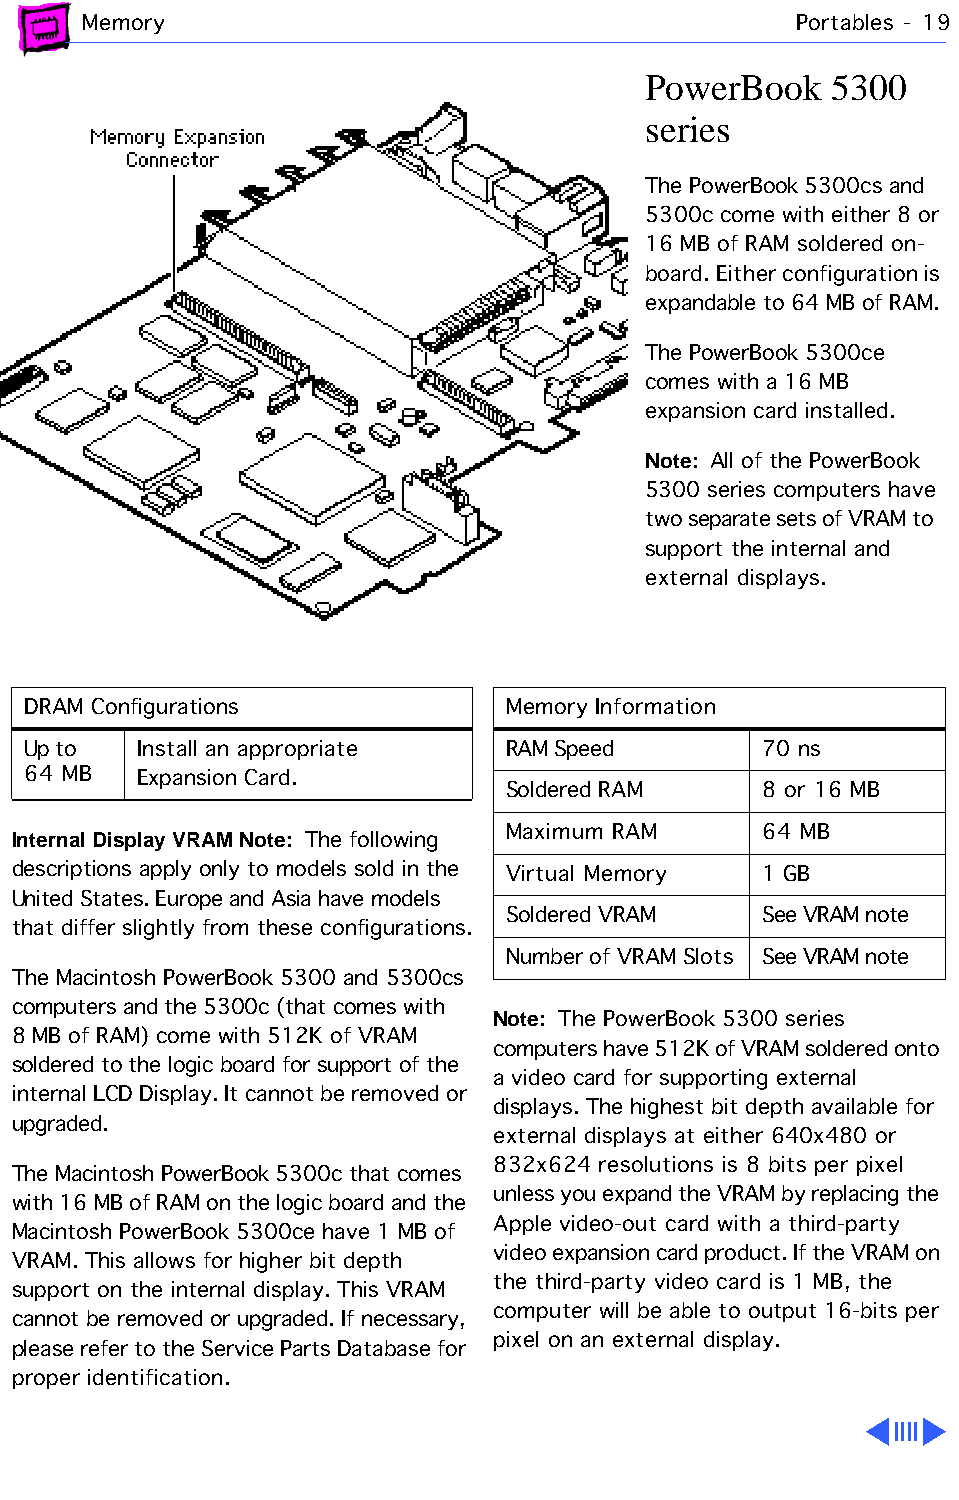
Memory                                         Portables - 19
 PowerBook    5300
 series
 The PowerBook 5300cs and
 5300c come with either 8 or
 16 MB of RAM soldered on-
 board. Either configuration is
 expandable to 64 MB of RAM.
 The PowerBook 5300ce
 comes with a 16 MB
 expansion card installed.
 Note: All of the PowerBook
 5300 series computers have
 two separate sets of VRAM to
 support the internal and
 external displays.
 DRAM Configurations             Memory Information
 Up to   Install an appropriate  RAM Speed        70 ns
 64 MB   Expansion Card.
 Soldered RAM     8 or 16 MB
 Internal Display VRAM Note: The following Maximum RAM 64 MB
 descriptions apply only to models sold in the Virtual Memory 1 GB
 United States. Europe and Asia have models
 Soldered VRAM    See VRAM note
 that differ slightly from these configurations.
 Number of VRAM Slots See VRAM note
 The Macintosh PowerBook 5300 and 5300cs
 computers and the 5300c (that comes with
 Note: The PowerBook 5300 series
 8 MB of RAM) come with 512K of VRAM
 computers have 512K of VRAM soldered onto
 soldered to the logic board for support of the
 a video card for supporting external
 internal LCD Display. It cannot be removed or
 displays. The highest bit depth available for
 upgraded.
 external displays at either 640x480 or
 832x624 resolutions is 8 bits per pixel
 The Macintosh PowerBook 5300c that comes
 unless you expand the VRAM by replacing the
 with 16 MB of RAM on the logic board and the
 Apple video-out card with a third-party
 Macintosh PowerBook 5300ce have 1 MB of
 video expansion card product. If the VRAM on
 VRAM. This allows for higher bit depth
 the third-party video card is 1 MB, the
 support on the internal display. This VRAM
 computer will be able to output 16-bits per
 cannot be removed or upgraded. If necessary,
 pixel on an external display.
 please refer to the Service Parts Database for
 proper identification.